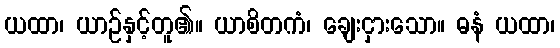
ယထာ၊ ယာဉ်နှင့်တူ၏။ ယာစိတကံ၊ ချေးငှားသော။ ဓနံ ယထာ၊